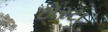
ટોરટા